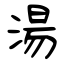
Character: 湯